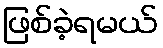
ဖြစ်ခဲ့ရမယ်